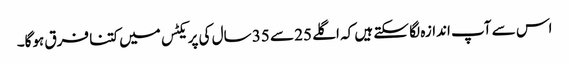
اس سے آپ اندازہ لگا سکتے ہیں کہ اگلے 25 سے 35 سال کی پریکٹس میں کتنا فرق ہوگا۔